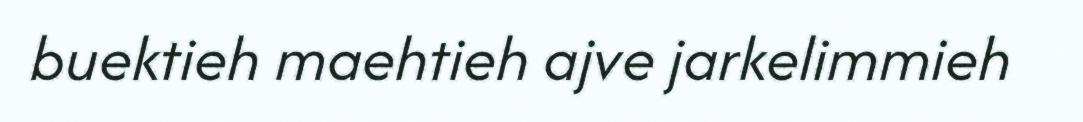
buektieh maehtieh ajve jarkelimmieh